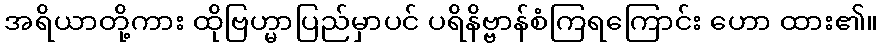
အရိယာတို့ကား ထိုဗြဟ္မာပြည်မှာပင် ပရိနိဗ္ဗာန်စံကြရကြောင်း ဟော ထား၏။